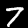
Digit: 7